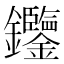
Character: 𨰹